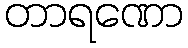
တာရဏော